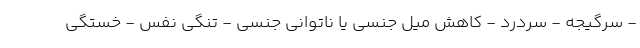
- سرگیجه - سردرد - کاهش میل جنسی یا ناتوانی جنسی - تنگی نفس - خستگی